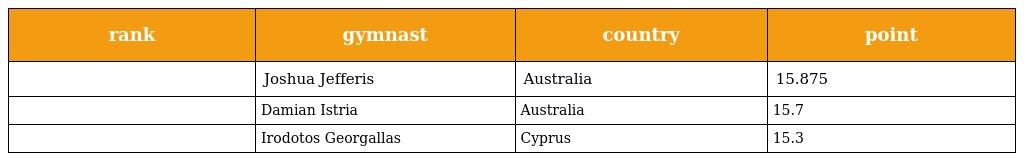
| rank | gymnast | country | point |
 | --- | --- | --- | --- |
 |  | Joshua Jefferis | Australia | 15.875 |
 |  | Damian Istria | Australia | 15.7 |
 |  | Irodotos Georgallas | Cyprus | 15.3 |